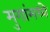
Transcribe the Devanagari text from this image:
मुगांमध्ये